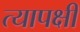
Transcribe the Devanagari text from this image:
त्यापक्षी